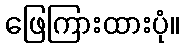
ဖြေကြားထားပုံ။